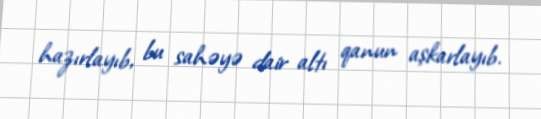
hazırlayıb, bu sahəyə dair altı qanun aşkarlayıb.